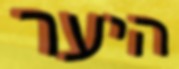
היער